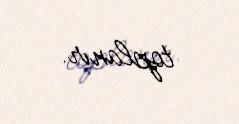
toplanır.